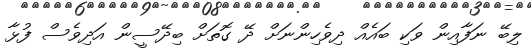
ލިބޭ ނަފާއިން ވަކި ބައެއް ދިވެހިންނަށް ދޭ ގޮތަށް ބިދޭސީން އަދިވެސް ފުޅާ